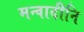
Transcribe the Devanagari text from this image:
मन्वादीनि